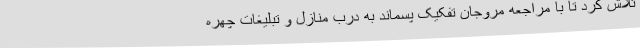
تلاش کرد تا با مراجعه مروجان تفکیک پسماند به درب منازل و تبلیغات چهره